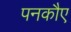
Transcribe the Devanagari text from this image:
पनकौए